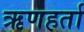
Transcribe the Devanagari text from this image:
ऋणहर्ता